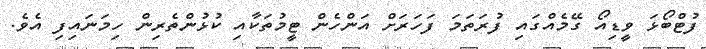
ފުޓްބޯޅަ ވީޑިއޯ ގޭމެއްގައި ފުރަތަމަ ފަހަރަށް އަންހެން ޓީމުތަކާއި ކުޅުންތެރިން ހިމަނައިފި އެވެ.